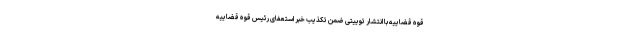
قوه قضاییه با انتشار توییتی ضمن تکذیب خبر استعفای رئیس قوه قضاییه